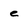
Character: e